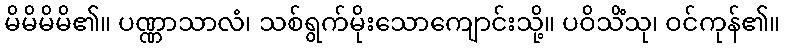
မိမိမိမိ၏။ ပဏ္ဏာသာလံ၊ သစ်ရွက်မိုးသောကျောင်းသို့။ ပဝိသိံသု၊ ဝင်ကုန်၏။